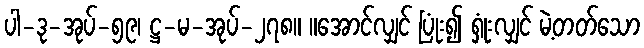
ပါ-ဒု-အုပ်-၅၉၊ ဋ္ဌ-မ-အုပ်-၂၇၈။ ။အောင်လျှင် ပြုံး၍ ရှုံးလျှင် မဲ့တတ်သော